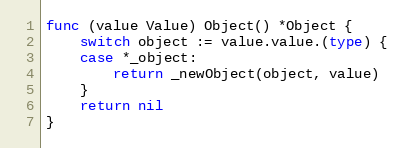
Language: Go
func (value Value) Object() *Object {
	switch object := value.value.(type) {
	case *_object:
		return _newObject(object, value)
	}
	return nil
}